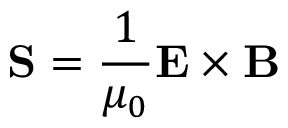
\mathbf { S } = { \frac { 1 } { \mu _ { 0 } } } \mathbf { E } \times \mathbf { B }